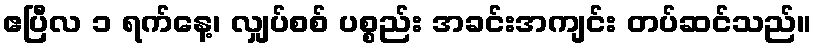
ဧပြီလ ၁ ရက်နေ့၊ လျှပ်စစ် ပစ္စည်း အခင်းအကျင်း တပ်ဆင်သည်။